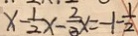
x - \frac { 1 } { 2 } x - \frac { 2 } { 3 } x = - 1 - \frac { 1 } { 2 }